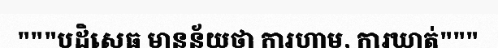
"""បដិសេធ មានន័យថា ការហាម, ការឃាត់"""